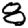
Digit: 8